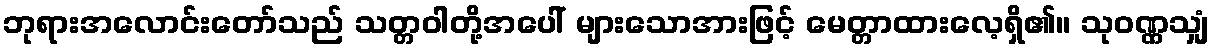
ဘုရားအလောင်းတော်သည် သတ္တဝါတို့အပေါ် များသောအားဖြင့် မေတ္တာထားလေ့ရှိ၏။ သုဝဏ္ဏသျှံ